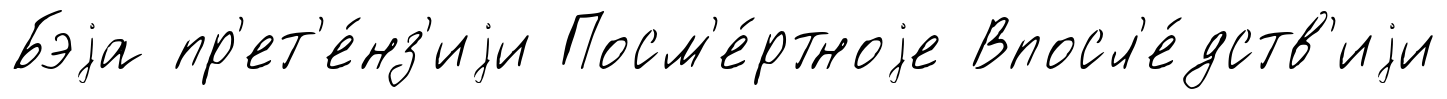
Бэjа пр'ет'е́нз'иjи Посм'е́ртноjе Впосл'е́дств'иjи